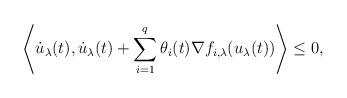
LaTeX: \begin{align*}\left\langle \dot u_{\lambda}(t), \dot u_{\lambda}(t) + \sum_{i=1}^{q} \theta_{i}(t) \nabla f_{i,\lambda} (u_{\lambda}(t)) \right\rangle \leq 0,\end{align*}